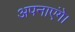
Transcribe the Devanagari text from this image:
अपनाएंगे।